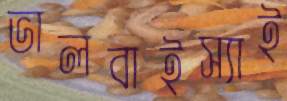
ভালবাইস্যাই